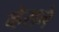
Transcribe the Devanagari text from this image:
व्हेराने